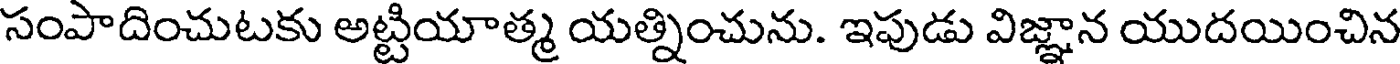
సంపాదించుటకు అట్టియాత్మ యత్నించును. ఇపుడు విజ్ఞాన యుదయించిన